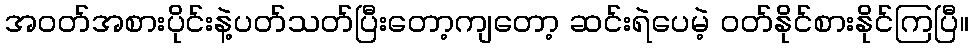
အဝတ်အစားပိုင်းနဲ့ပတ်သတ်ပြီးတော့ကျတော့ ဆင်းရဲပေမဲ့ ဝတ်နိုင်စားနိုင်ကြပြီ။